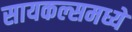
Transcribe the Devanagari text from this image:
सायकल्समध्ये